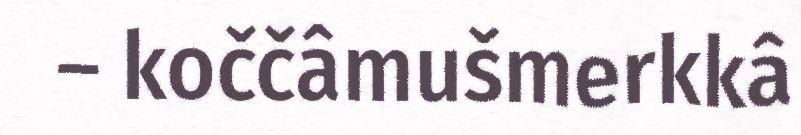
– koččâmušmerkkâ